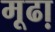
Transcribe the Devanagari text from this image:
मूढा़